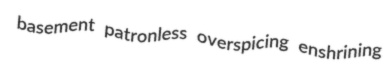
basement patronless overspicing enshrining